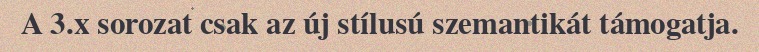
A 3.x sorozat csak az új stílusú szemantikát támogatja.